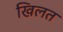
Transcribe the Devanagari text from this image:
खिलत